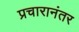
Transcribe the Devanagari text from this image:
प्रचारानंतर